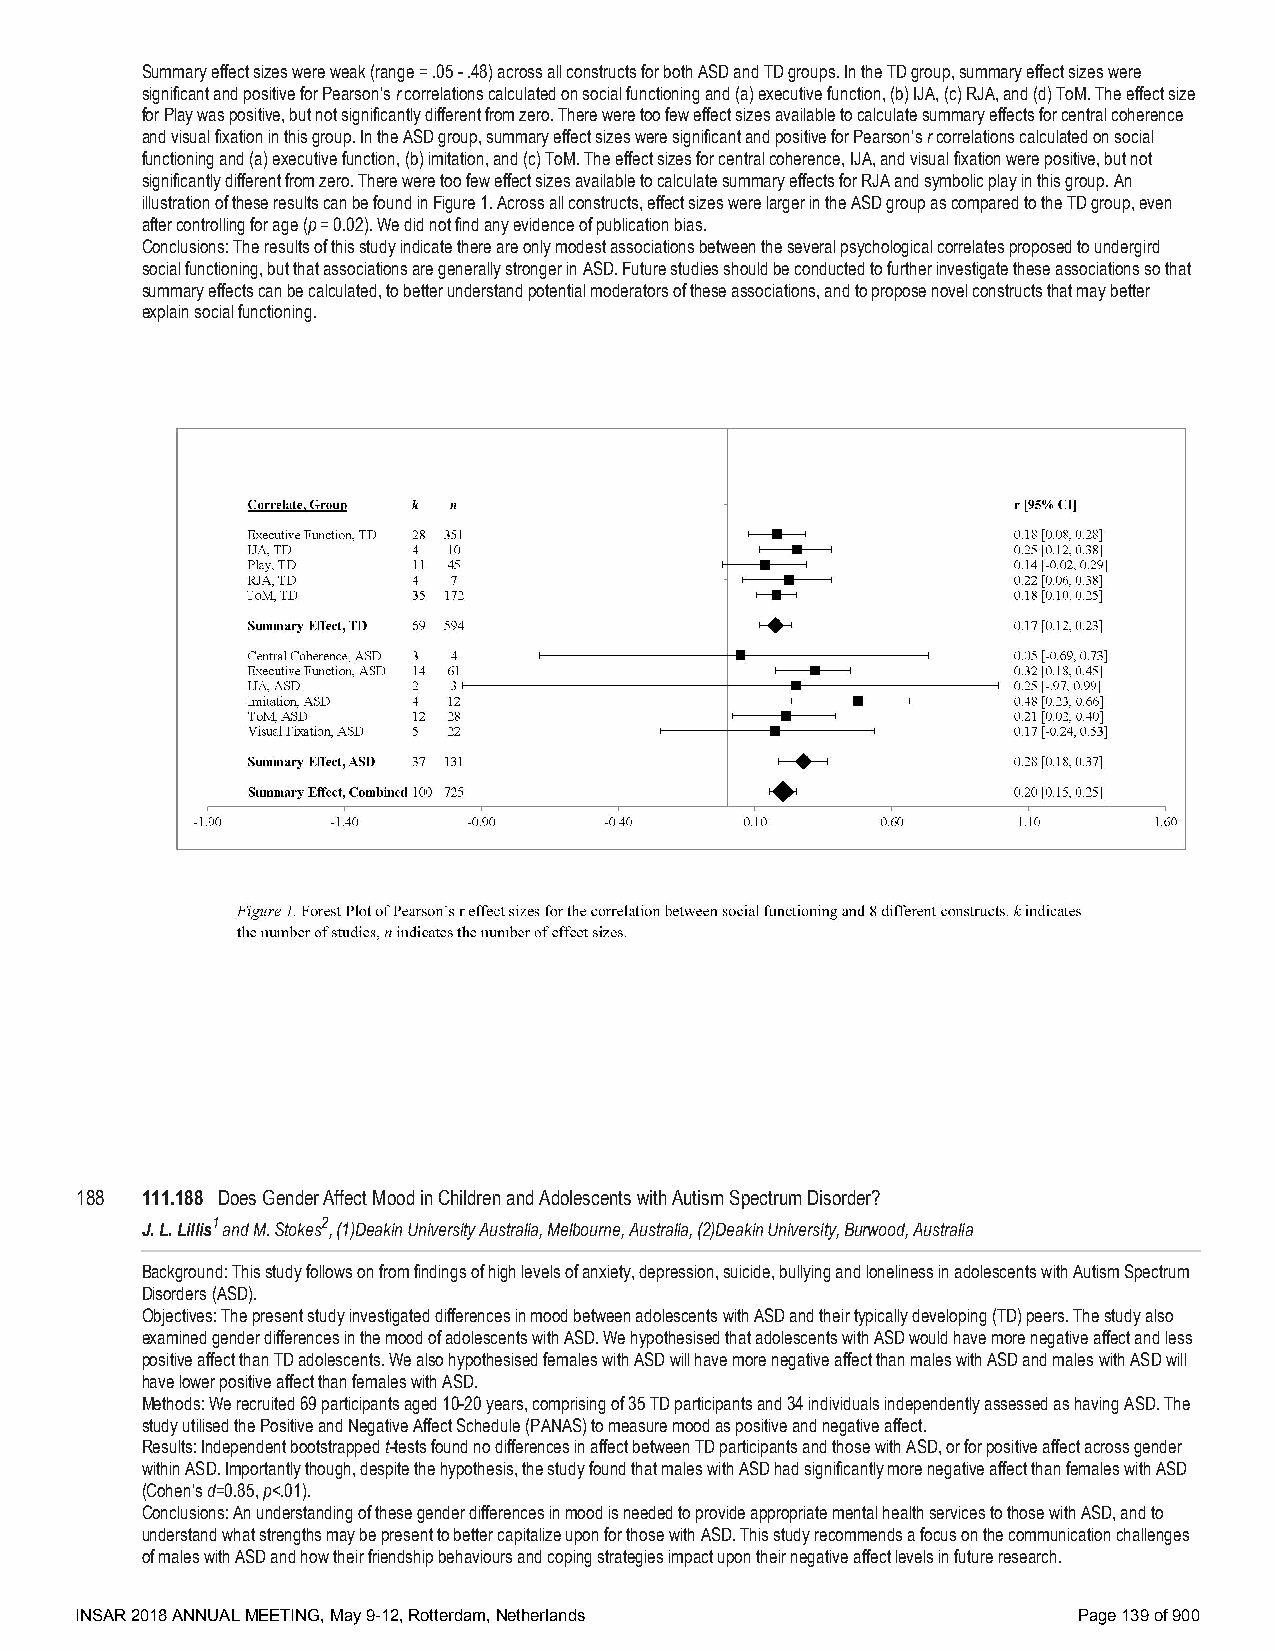
Summary effect sizes were weak (range = .05 - .48) across all constructs for both ASD and TD groups. In the TD group, summary effect sizes were
 significant and positive for Pearson’s r correlations calculated on social functioning and (a) executive function, (b) IJA, (c) RJA, and (d) ToM. The effect size
 for Play was positive, but not significantly different from zero. There were too few effect sizes available to calculate summary effects for central coherence
 and visual fixation in this group. In the ASD group, summary effect sizes were significant and positive for Pearson’s r correlations calculated on social
 functioning and (a) executive function, (b) imitation, and (c) ToM. The effect sizes for central coherence, IJA, and visual fixation were positive, but not
 significantly different from zero. There were too few effect sizes available to calculate summary effects for RJA and symbolic play in this group. An
 illustration of these results can be found in Figure 1. Across all constructs, effect sizes were larger in the ASD group as compared to the TD group, even
 after controlling for age (p = 0.02). We did not find any evidence of publication bias.
 Conclusions: The results of this study indicate there are only modest associations between the several psychological correlates proposed to undergird
 social functioning, but that associations are generally stronger in ASD. Future studies should be conducted to further investigate these associations so that
 summary effects can be calculated, to better understand potential moderators of these associations, and to propose novel constructs that may better
 explain social functioning.
 188 111.188 Does Gender Affect Mood in Children and Adolescents with Autism Spectrum Disorder?
 J. L. Lillis1 and M. Stokes2, (1)Deakin University Australia, Melbourne, Australia, (2)Deakin University, Burwood, Australia
 Background: This study follows on from findings of high levels of anxiety, depression, suicide, bullying and loneliness in adolescents with Autism Spectrum
 Disorders (ASD).
 Objectives: The present study investigated differences in mood between adolescents with ASD and their typically developing (TD) peers. The study also
 examined gender differences in the mood of adolescents with ASD. We hypothesised that adolescents with ASD would have more negative affect and less
 positive affect than TD adolescents. We also hypothesised females with ASD will have more negative affect than males with ASD and males with ASD will
 have lower positive affect than females with ASD.
 Methods: We recruited 69 participants aged 10-20 years, comprising of 35 TD participants and 34 individuals independently assessed as having ASD. The
 study utilised the Positive and Negative Affect Schedule (PANAS) to measure mood as positive and negative affect.
 Results: Independent bootstrapped t-tests found no differences in affect between TD participants and those with ASD, or for positive affect across gender
 within ASD. Importantly though, despite the hypothesis, the study found that males with ASD had significantly more negative affect than females with ASD
 (Cohen’s d=0.85, p<.01).
 Conclusions: An understanding of these gender differences in mood is needed to provide appropriate mental health services to those with ASD, and to
 understand what strengths may be present to better capitalize upon for those with ASD. This study recommends a focus on the communication challenges
 of males with ASD and how their friendship behaviours and coping strategies impact upon their negative affect levels in future research.
 INSAR 2018 ANNUAL MEETING, May 9-12, Rotterdam, Netherlands       Page 139 of 900